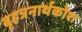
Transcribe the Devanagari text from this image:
बृहत्रनार्थकोश